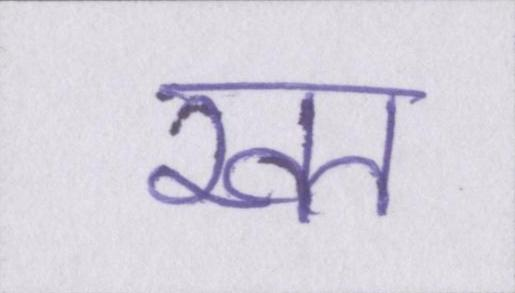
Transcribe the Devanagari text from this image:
खत